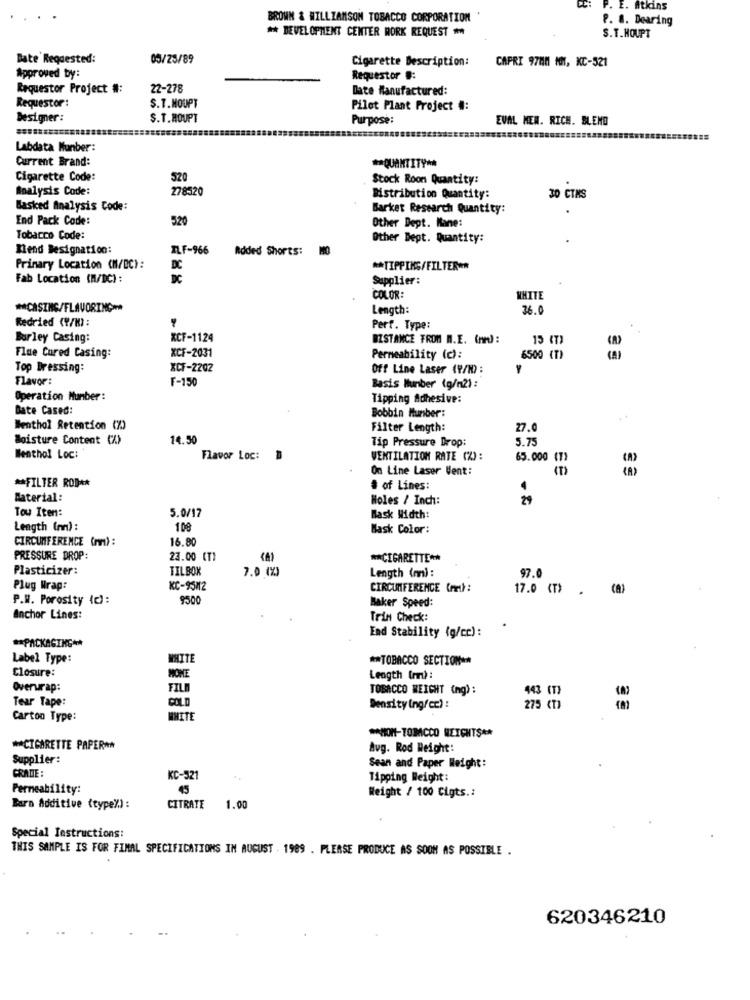
P. E. Atkins
BROWN & WILLZAMSON TOBACCO CORPORATION
P. a. Dearing
** DEVELOPMENT CENTER WORK REQUEST **
S.T.HOUPT
Date' Requested:
05/25/89
CAPRI 9700 101, KC-521
Cigarette Description:
Approved by:
Requestor #:
Requestor Project #:
22-278
Date Manufactured:
Requestor :
S.T.HOUPT
Pilot Plant Project #:
Designer:
S.T.MOUPT
Purpose:
EVAL MEN. RICH. BLEND
Labdata Munber:
Current Brand:
** QUANTITY **
Cigarette Code:
520
Stock Roon Quantity:
Analysis Code:
278520
Distribution Quantity:
3O CINS
Basked Analysis Code:
Barket Research Quantity:
End Pack Code:
520
Other Dept. Kane:
Tobacco Code:
Other Dept. Quantity:
Kend Designation:
TLF-966
Added Shorts:
Primary Location (M/BC):
DC
** TIPPING/FILTER **
Fab Location (M/DC):
DC
Supplier:
COLOR:
WHITE
** CASING/FLAVORING-
Length:
36.0
Redried (Y/K) :
Perf. Type:
Burley Casing:
XCF-1124
DISTANCE FROM M.E. (An) :
15 (T)
XCF-2031
Flue Cured Casing:
Permeability (c):
6500 (T)
(A)
Top Dressing:
XCF-2202
Off Line Laser (P/W) :
Y
Flavor:
F-150
Basis Miunber (g/m2) :
Operation Munber:
Tipping Adhesive:
Date Cased:
Bobbin Number:
Menthol Retention (%)
Filter Length:
27.0
Moisture Content (%)
14.50
Tip Pressure Drop:
5.75
Menthol Loc:
Flavor Loc:
VENTILATION RATE (%) :
65.000 (7)
On Line Laser Vent:
** FILTER ROD **
& of Lines:
4
Material:
Holes / Inch:
29
Tou Item:
5.0/17
Bask Width:
Length (nn) :
108
Bask Color:
CIRCUMFERENCE (mm):
16.80
PRESSURE DROP:
23.00 (T)
** CIGARETTE **
Plasticizer:
TILBOX
7.0 (%)
Length (n) :
97.0
Plug Wrap:
KC-95M2
CIRCUMFERENCE (Pet) :
17.0 (T)
P.W. Porosity (c):
9500
Baker Speed:
anchor Lines:
Trin Check:
End Stability (g/cc):
** PACKAGING **
Label Type:
WHITE
** TOBACCO SECTION **
Closure:
MOME
Length (m) :
Overwrap:
FILM
TOBACCO WEIGHT (mg) :
443 (T)
Tear Tape:
COLD
Density (ng/cc) :
275 (T)
Carton Type:
WHITE
** NON-TOMCCO REICHTS **
** CIGARETTE PAPER **
Avg. Rod Weight:
Supplier:
CRATIE:
Sean and Paper Weight:
KC-521
Tipping Weight:
Permeability:
45
Weight / 100 Cigts .:
Barn Additive (type%) :
CITRATE
1.00
Special Instructions:
THIS SAMPLE IS FOR FIMAL SPECIFICATIONS IN AUGUST . 1989 . PLEASE PRODUCE AS SOON AS POSSIBLE .
620346210